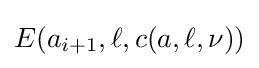
E(a_{i+1},\ell ,c(a,\ell ,\nu ))